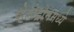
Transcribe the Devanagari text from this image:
व्हेलोद्रोममध्ये